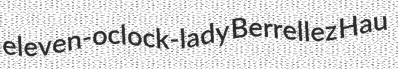
eleven-oclock-lady Berrellez Hau